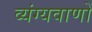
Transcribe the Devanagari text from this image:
व्यंग्यवाणों